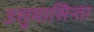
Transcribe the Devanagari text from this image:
उसुमासिन्ता